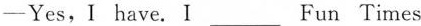
-Yes,I have. I ___ Fun Times